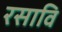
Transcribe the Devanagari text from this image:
रसावि